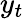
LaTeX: y_{t}